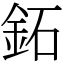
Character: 鉐